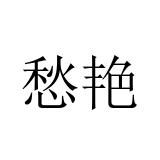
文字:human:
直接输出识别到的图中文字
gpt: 愁艳